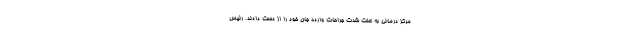
مرکز درمانی به علت شدت جراحات وارده جان خود را از دست دادند. رئیس